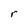
Character: r